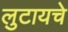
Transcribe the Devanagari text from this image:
लुटायचे